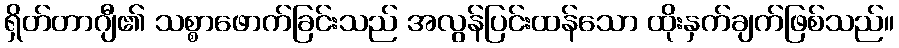
ရှိတ်တာဂျီ၏ သစ္စာဖောက်ခြင်းသည် အလွန်ပြင်းထန်သော ထိုးနှက်ချက်ဖြစ်သည်။